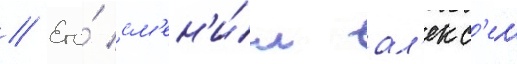
// Его́ см'ен'и́л ал'екс'еи